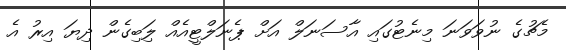
މެޗުގެ ނުވަވަނަ މިނެޓުގައި އާސަނަލް އަށް ޕެނަލްޓީއެއް ލަިބިގެން ދިޔަ އިރު އެ